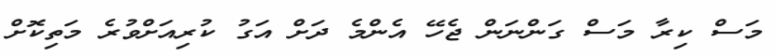
މަސް ކިރާ މަސް ގަންނަން ޖެހޭ އެންމެ ދަށް އަގު ކުރިއަށްވުރެ މަތިކޮށް